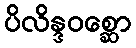
ပိလိန္ဒဝစ္ဆော